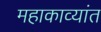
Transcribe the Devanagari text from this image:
महाकाव्यांत